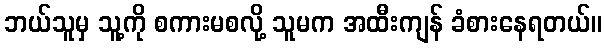
ဘယ်သူမှ သူ့ကို စကားမစလို့ သူမက အထီးကျန် ခံစားနေရတယ်။